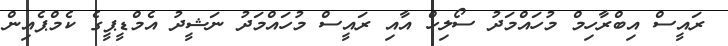
ރައީސް އިބްރާހިމް މުހައްމަދު ސޯލިހް އާއި ރައީސް މުހައްމަދު ނަޝީދު އެމްޑީޕީގެ ކެމްޕެއިން